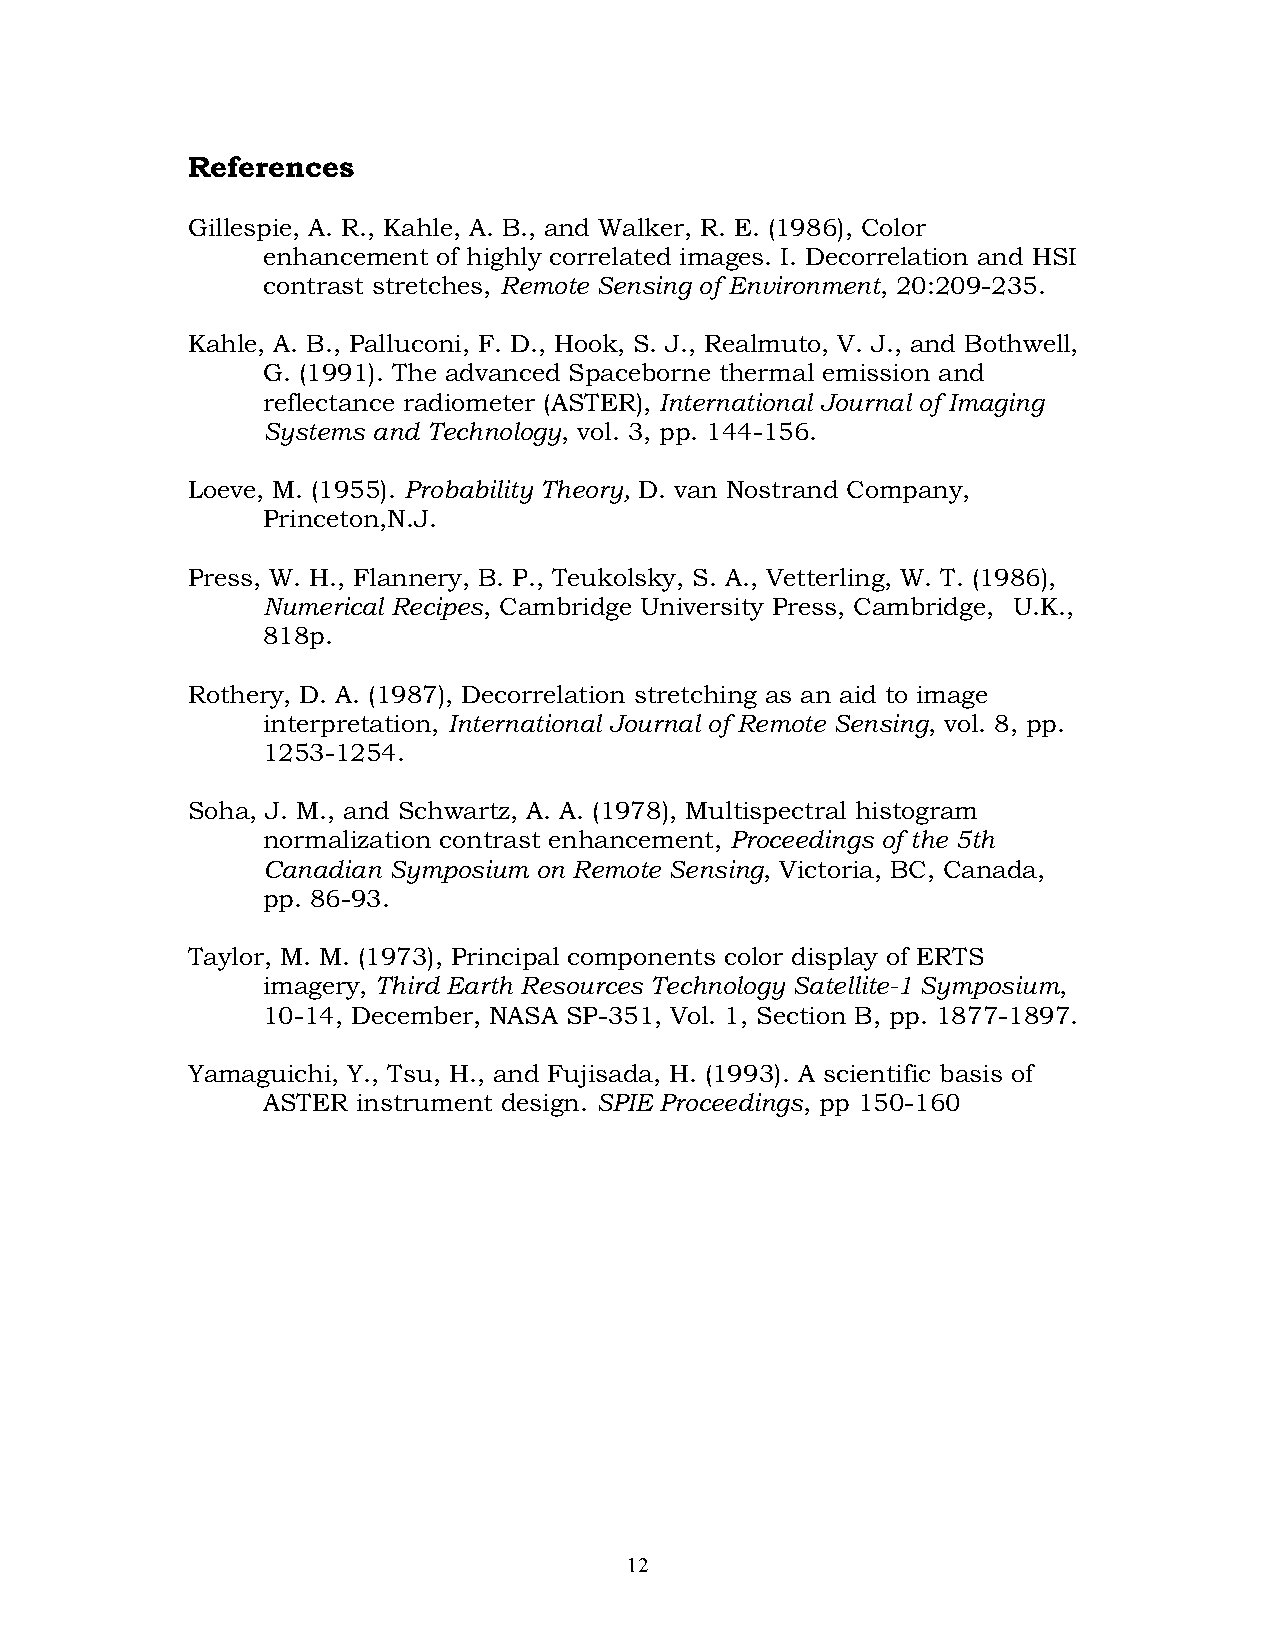
References
 Gillespie, A. R., Kahle, A. B., and Walker, R. E. (1986), Color
 enhancement of highly correlated images. I. Decorrelation and HSI
 contrast stretches, Remote Sensing of Environment, 20:209-235.
 Kahle, A. B., Palluconi, F. D., Hook, S. J., Realmuto, V. J., and Bothwell,
 G. (1991). The advanced Spaceborne thermal emission and
 reflectance radiometer (ASTER), International Journal of Imaging
 Systems and Technology, vol. 3, pp. 144-156.
 Loeve, M. (1955). Probability Theory, D. van Nostrand Company,
 Princeton,N.J.
 Press, W. H., Flannery, B. P., Teukolsky, S. A., Vetterling, W. T. (1986),
 Numerical Recipes, Cambridge University Press, Cambridge, U.K.,
 818p.
 Rothery, D. A. (1987), Decorrelation stretching as an aid to image
 interpretation, International Journal of Remote Sensing, vol. 8, pp.
 1253-1254.
 Soha, J. M., and Schwartz, A. A. (1978), Multispectral histogram
 normalization contrast enhancement, Proceedings of the 5th
 Canadian Symposium on Remote Sensing, Victoria, BC, Canada,
 pp. 86-93.
 Taylor, M. M. (1973), Principal components color display of ERTS
 imagery, Third Earth Resources Technology Satellite-1 Symposium,
 10-14, December, NASA SP-351, Vol. 1, Section B, pp. 1877-1897.
 Yamaguichi, Y., Tsu, H., and Fujisada, H. (1993). A scientific basis of
 ASTER  instrument design. SPIE Proceedings, pp 150-160
 12